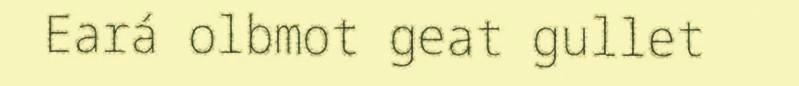
Eará olbmot geat gullet